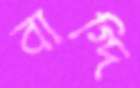
বাগ্‌দি